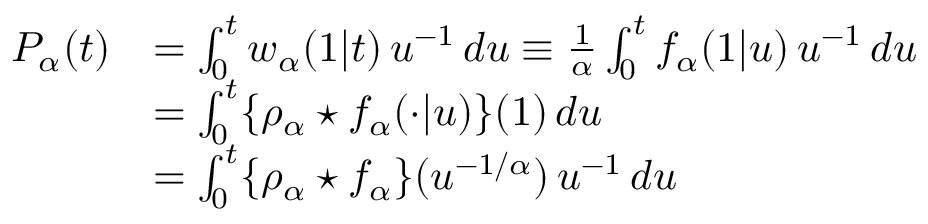
\begin{array} { r l } { P _ { \alpha } ( t ) } & { = \int _ { 0 } ^ { t } w _ { \alpha } ( 1 \vert t ) \, u ^ { - 1 } \, d u \equiv \frac { 1 } { \alpha } \int _ { 0 } ^ { t } f _ { \alpha } ( 1 \vert u ) \, u ^ { - 1 } \, d u } \\ & { = \int _ { 0 } ^ { t } \{ \rho _ { \alpha } \star f _ { \alpha } ( \cdot \vert u ) \} ( 1 ) \, d u } \\ & { = \int _ { 0 } ^ { t } \{ \rho _ { \alpha } \star f _ { \alpha } \} ( u ^ { - 1 / \alpha } ) \, u ^ { - 1 } \, d u } \end{array}